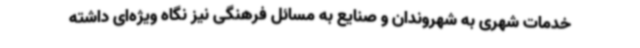
خدمات شهری به شهروندان و صنایع به مسائل فرهنگی نیز نگاه ویژه‌ای داشته